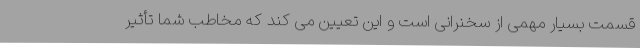
قسمت بسیار مهمی از سخنرانی است و این تعیین می کند که مخاطب شما تأثیر